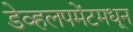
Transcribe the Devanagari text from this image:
डेव्हलपमेंटमधून